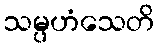
သမ္ပဟံသေတိ